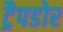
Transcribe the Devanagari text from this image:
ट्रैपडोर